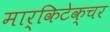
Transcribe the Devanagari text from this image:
मार्किटेक्चर